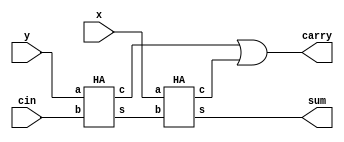
`timescale 1ns / 1ps
//////////////////////////////////////////////////////////////////////////////////
// Company: 
// Engineer: 
// 
// Design Name: 
// Module Name:    full_adder 
// Project Name: 
// Target Devices: 
// Tool versions: 
// Description: 
//
// Dependencies: 
//
// Revision: 
// Revision 0.01 - File Created
// Additional Comments: 
//
//////////////////////////////////////////////////////////////////////////////////
module FULL_ADDER (x, y, cin, sum, carry);
input x, y, cin;
output sum, carry;
	HA H1 (y, cin, s0, c0);
	HA H2 (x, s0, sum, c1);
	//The above two statements bind module HA
	//to the present module FULL_ADDER
	or (carry, c0, c1);
endmodule

module HA (a, b, s, c);
input a, b;
output s, c;
	xor (s, a, b);
	and (c, a, b);
endmodule